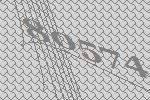
80574